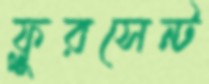
ফ্লুরসেন্ট